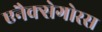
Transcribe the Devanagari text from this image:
एनैक्सेगोरस